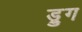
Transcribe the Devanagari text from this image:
ड्रुग